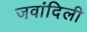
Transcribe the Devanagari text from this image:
जवांदिली